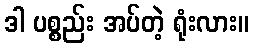
ဒါ ပစ္စည်း အပ်တဲ့ ရုံးလား။